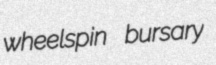
wheelspin bursary